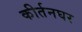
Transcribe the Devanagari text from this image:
कीर्तनघर